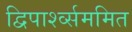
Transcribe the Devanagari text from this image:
द्विपार्श्व्सममित